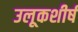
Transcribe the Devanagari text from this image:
उलूकशीर्ष